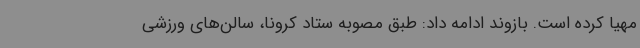
مهیا کرده است‌. بازوند ادامه داد: طبق مصوبه ستاد کرونا، سالن‌های ورزشی